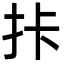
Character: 拤